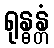
ရုန္ဓန္တံ